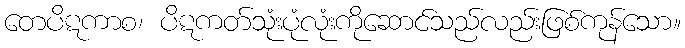
တေပိဋကာစ၊ ပိဋကတ်သုံးပုံလုံးကိုဆောင်သည်လည်းဖြစ်ကုန်သော။